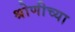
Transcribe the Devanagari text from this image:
श्रोणीच्या